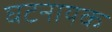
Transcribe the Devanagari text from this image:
घटनायक